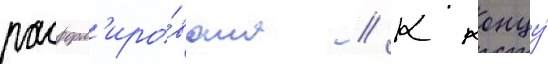
расформ'иро́вана // К концу́